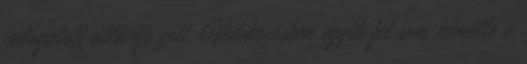
válogatott átlövője zett. Védekezésben egyik fél sem kímélte a